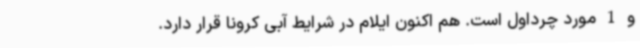
و 1 مورد چرداول است. هم اکنون ایلام در شرایط آبی کرونا قرار دارد.